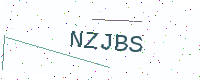
Text: NZJBS